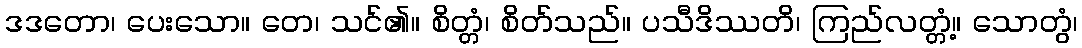
ဒဒတော၊ ပေးသော။ တေ၊ သင်၏။ စိတ္တံ၊ စိတ်သည်။ ပသီဒိဿတိ၊ ကြည်လတ္တံ့။ သောတွံ၊